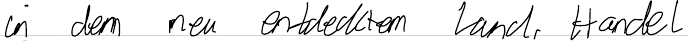
in dem neu entdecktem Land, Handel